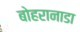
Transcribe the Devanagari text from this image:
बोहरानाडा